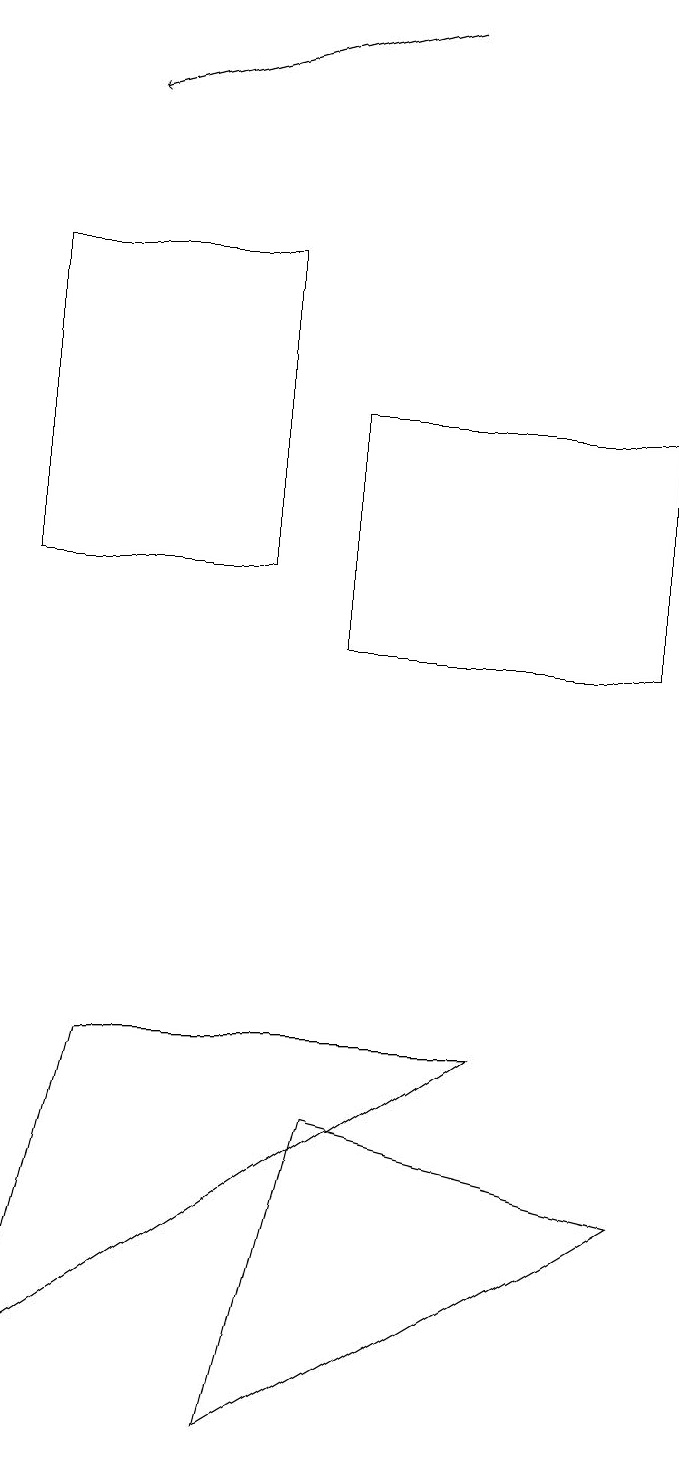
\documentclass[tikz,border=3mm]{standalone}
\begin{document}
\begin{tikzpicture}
\draw[->] (5,18) -- (1,17);
\draw (3,0) -- (4,4) -- (8,3) -- cycle;
\draw (8,13) rectangle (4,10);
\draw (6,5) -- (0,1) -- (1,5) -- cycle;
\draw (0,15) rectangle (3,11);
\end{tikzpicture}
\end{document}